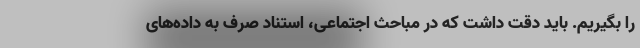
را بگیریم. باید دقت داشت که در مباحث اجتماعی، استناد صرف به داده‌های